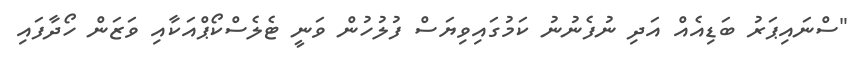
"ސްނައިޕަރު ބަޑިއެއް އަދި ނުފެނުނު ކަމުގައިވިޔަސް ފުލުހުން ވަނީ ޓެލެސްކޯޕްއަކާއި ވަޒަން ހޯދާފައި